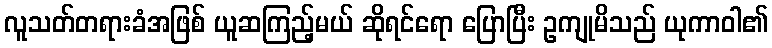
လူသတ်တရားခံအဖြစ် ယူဆကြည့်မယ် ဆိုရင်ရော ပြောပြီး ဥကျုမိသည် ယုကာဝါ၏